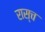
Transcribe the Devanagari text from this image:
रास्च